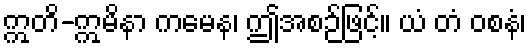
ဣတိ-ဣမိနာ ကမေန၊ ဤအစဉ်ဖြင့်။ ယံ တံ ဝစနံ၊